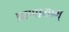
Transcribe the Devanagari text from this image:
प्राणायाम्